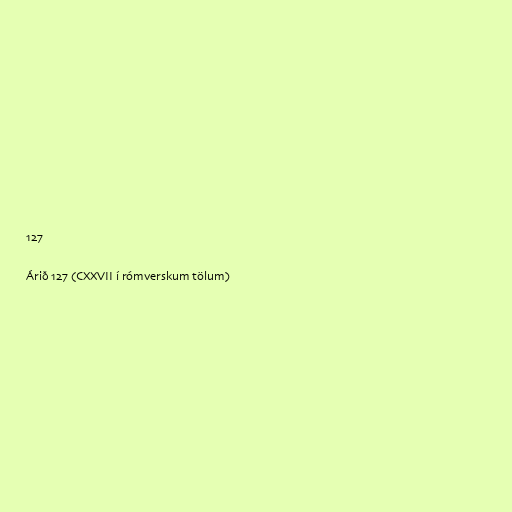
127

Árið 127 (CXXVII í rómverskum tölum)